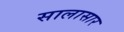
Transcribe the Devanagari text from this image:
सालासार